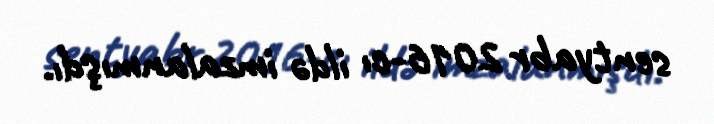
sentyabr 2016-cı ildə imzalanmışdı.